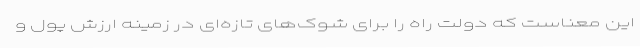
این معناست که دولت راه را برای شوک‌های تازه‌ای در زمینه ارزش پول و